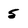
Character: 5